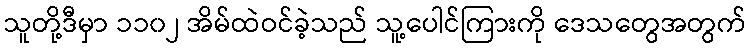
သူတို့ဒီမှာ ၁၁၀၂ အိမ်ထဲဝင်ခဲ့သည် သူ့ပေါင်ကြားကို ဒေသတွေအတွက်